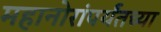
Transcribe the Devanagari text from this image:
महानोरांपर्यंतच्या